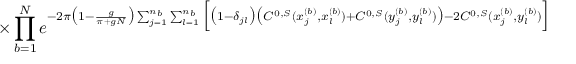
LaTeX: \times \prod _ { b = 1 } ^ { N } e ^ { - 2 \pi \big ( 1 - \frac { g } { \pi + g N } \big ) \sum _ { j = 1 } ^ { n _ { b } } \sum _ { l = 1 } ^ { n _ { b } } \Big [ \big ( 1 - \delta _ { j l } \big ) \big ( C ^ { 0 , S } ( x _ { j } ^ { ( b ) } , x _ { l } ^ { ( b ) } ) + C ^ { 0 , S } ( y _ { j } ^ { ( b ) } , y _ { l } ^ { ( b ) } ) \big ) - 2 C ^ { 0 , S } ( x _ { j } ^ { ( b ) } , y _ { l } ^ { ( b ) } ) \Big ] }